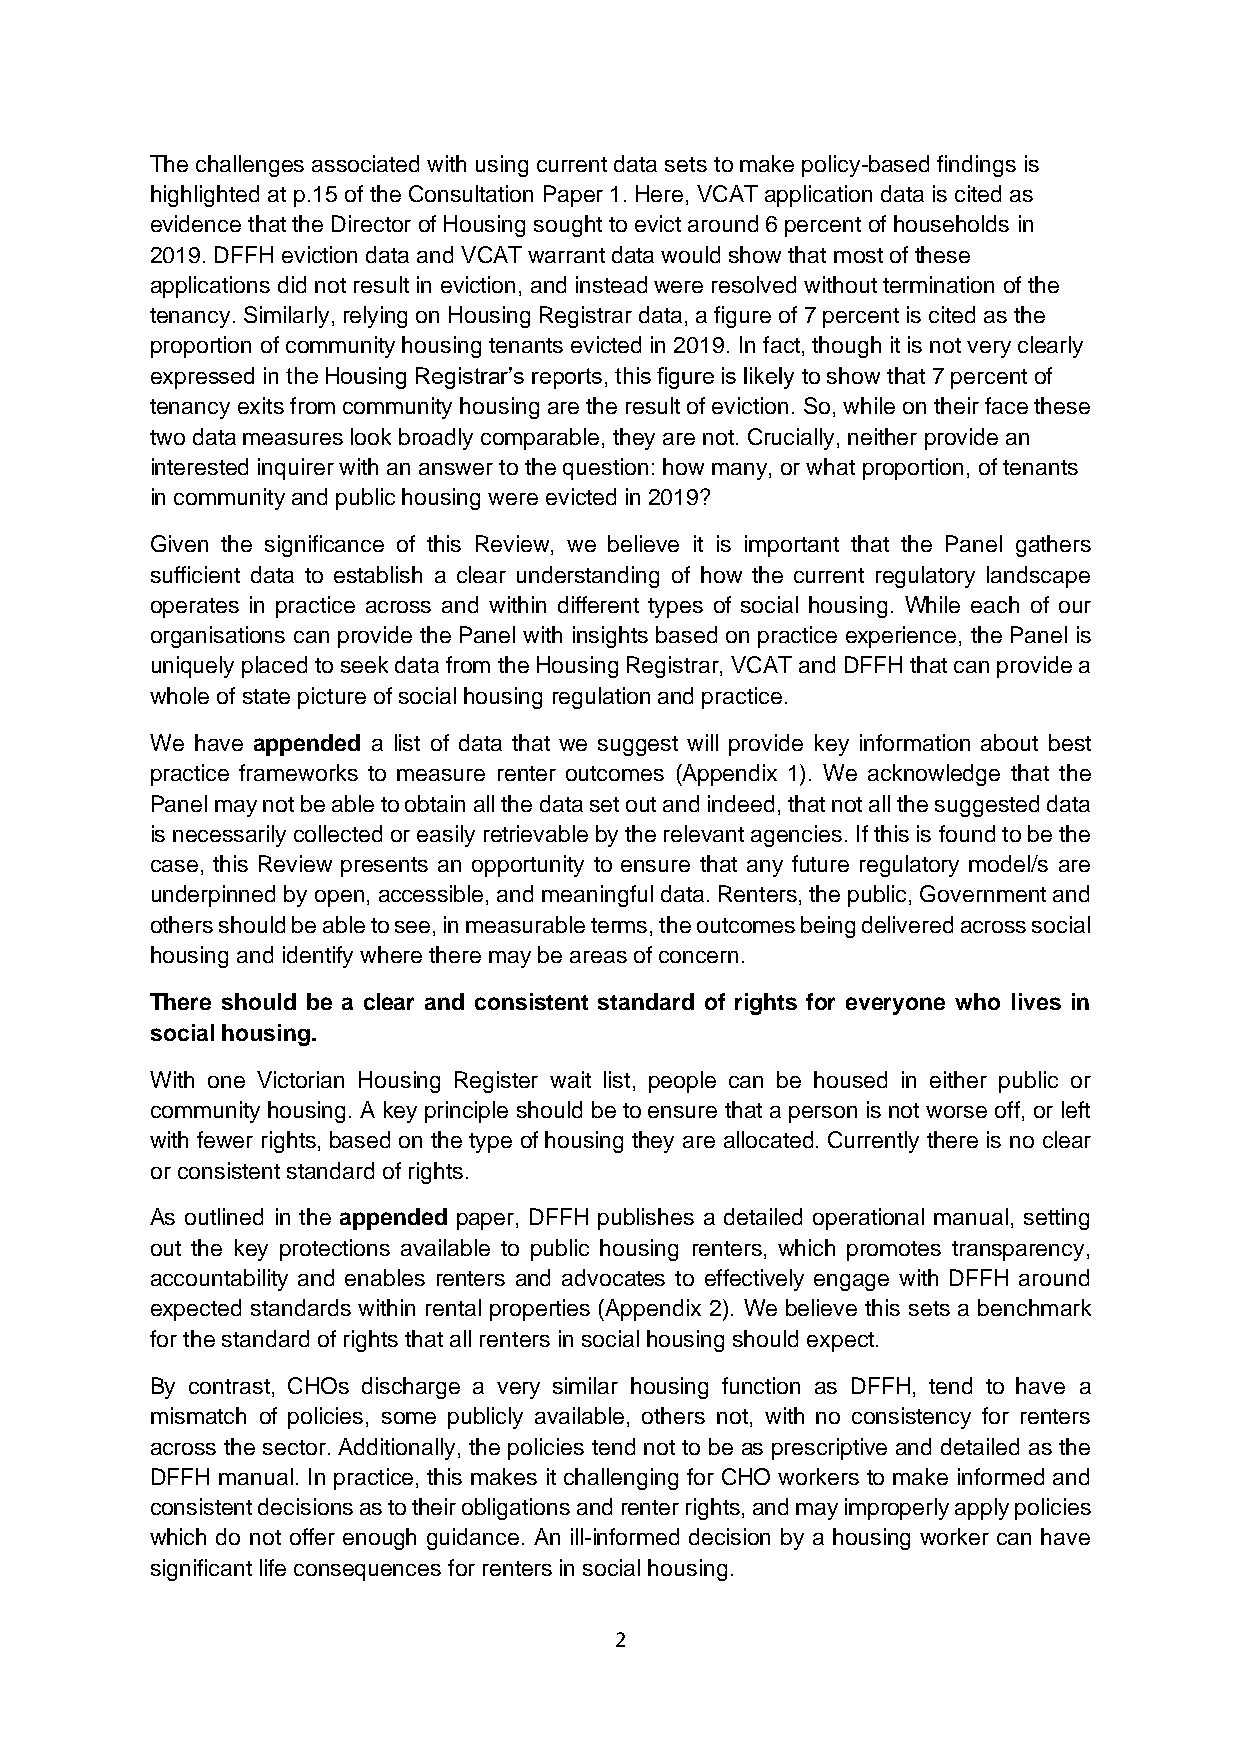
The challenges associated with using current data sets to make policy-based findings is
 highlighted at p.15 of the Consultation Paper 1. Here, VCAT application data is cited as
 evidence that the Director of Housing sought to evict around 6 percent of households in
 2019. DFFH eviction data and VCAT warrant data would show that most of these
 applications did not result in eviction, and instead were resolved without termination of the
 tenancy. Similarly, relying on Housing Registrar data, a figure of 7 percent is cited as the
 proportion of community housing tenants evicted in 2019. In fact, though it is not very clearly
 expressed in the Housing Registrar’s reports, this figure is likely to show that 7 percent of
 tenancy exits from community housing are the result of eviction. So, while on their face these
 two data measures look broadly comparable, they are not. Crucially, neither provide an
 interested inquirer with an answer to the question: how many, or what proportion, of tenants
 in community and public housing were evicted in 2019?
 Given the significance of this Review, we believe it is important that the Panel gathers
 sufficient data to establish a clear understanding of how the current regulatory landscape
 operates in practice across and within different types of social housing. While each of our
 organisations can provide the Panel with insights based on practice experience, the Panel is
 uniquely placed to seek data from the Housing Registrar, VCAT and DFFH that can provide a
 whole of state picture of social housing regulation and practice.
 We have appended a list of data that we suggest will provide key information about best
 practice frameworks to measure renter outcomes (Appendix 1). We acknowledge that the
 Panel may not be able to obtain all the data set out and indeed, that not all the suggested data
 is necessarily collected or easily retrievable by the relevant agencies. If this is found to be the
 case, this Review presents an opportunity to ensure that any future regulatory model/s are
 underpinned by open, accessible, and meaningful data. Renters, the public, Government and
 others should be able to see, in measurable terms, the outcomes being delivered across social
 housing and identify where there may be areas of concern.
 There should be a clear and consistent standard of rights for everyone who lives in
 social housing.
 With one Victorian Housing Register wait list, people can be housed in either public or
 community housing. A key principle should be to ensure that a person is not worse off, or left
 with fewer rights, based on the type of housing they are allocated. Currently there is no clear
 or consistent standard of rights.
 As outlined in the appended paper, DFFH publishes a detailed operational manual, setting
 out the key protections available to public housing renters, which promotes transparency,
 accountability and enables renters and advocates to effectively engage with DFFH around
 expected standards within rental properties (Appendix 2). We believe this sets a benchmark
 for the standard of rights that all renters in social housing should expect.
 By contrast, CHOs discharge a very similar housing function as DFFH, tend to have a
 mismatch of policies, some publicly available, others not, with no consistency for renters
 across the sector. Additionally, the policies tend not to be as prescriptive and detailed as the
 DFFH manual. In practice, this makes it challenging for CHO workers to make informed and
 consistent decisions as to their obligations and renter rights, and may improperly apply policies
 which do not offer enough guidance. An ill-informed decision by a housing worker can have
 significant life consequences for renters in social housing.
 2